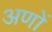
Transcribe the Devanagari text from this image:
अणों